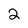
Character: 2